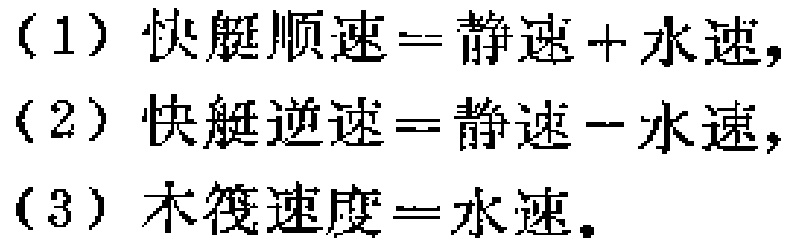
(1) 快艇顺速=静速+水速，

(2) 快艇逆速=静速-水速，

(3) 木筏速度=水速。